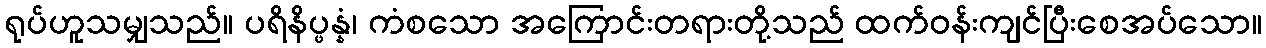
ရုပ်ဟူသမျှသည်။ ပရိနိပ္ဖန္နံ၊ ကံစသော အကြောင်းတရားတို့သည် ထက်ဝန်းကျင်ပြီးစေအပ်သော။